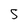
Character: S